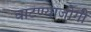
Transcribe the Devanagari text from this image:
वाटण्याजोगी